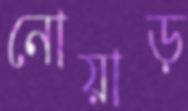
নোয়াড়